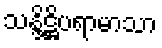
သန္ဒိဋ္ဌိပရာမာသာ